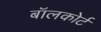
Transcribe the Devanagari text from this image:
बॉलकोर्ट